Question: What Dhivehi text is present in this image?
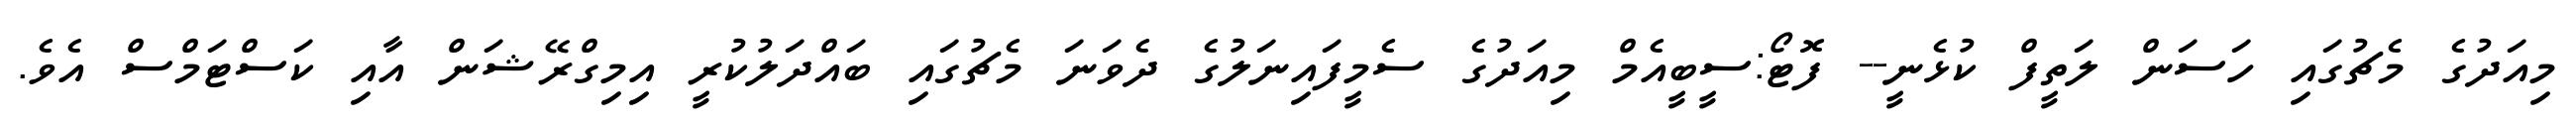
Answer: މިއަދުގެ މެޗުގައި ހަސަން ލަތީފް ކުޅެނީ-- ފޮޓޯ:ސީބީއެމް މިއަދުގެ ސެމީފައިނަލުގެ ދެވަނަ މެޗުގައި ބައްދަލުކުރީ އިމިގްރޭޝަން އާއި ކަސްޓަމްސް އެވެ.